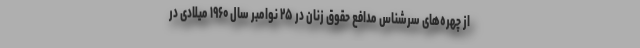
از چهره‌های سرشناس مدافع حقوق زنان در ۲۵ نوامبر سال ۱۹۶۰ میلادی در